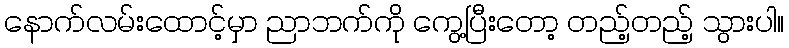
နောက်လမ်းထောင့်မှာ ညာဘက်ကို ကွေ့ပြီးတော့ တည့်တည့် သွားပါ။